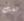
لست